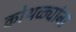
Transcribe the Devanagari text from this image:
कोथळ्यांना